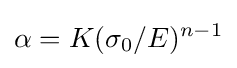
\alpha =K({\sigma _{0}}/{E})^{n-1}